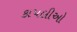
કાપલીઓ